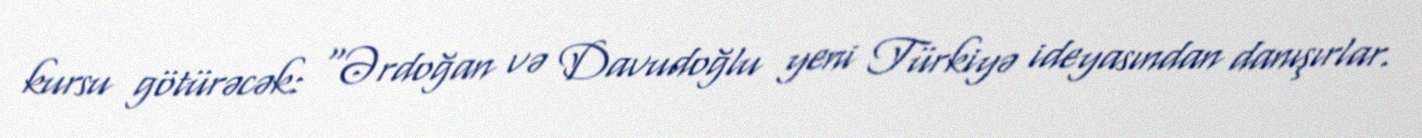
kursu götürəcək: “Ərdoğan və Davudoğlu yeni Türkiyə ideyasından danışırlar.